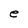
Character: e